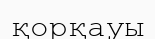
қорқауы